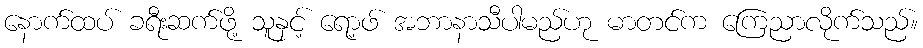
နောက်ထပ် ခရီးဆက်ဖို့ သူနှင့် ရော့ဖ် အဘာနာသီပါမည်ဟု မာတင်က ကြေညာလိုက်သည်။